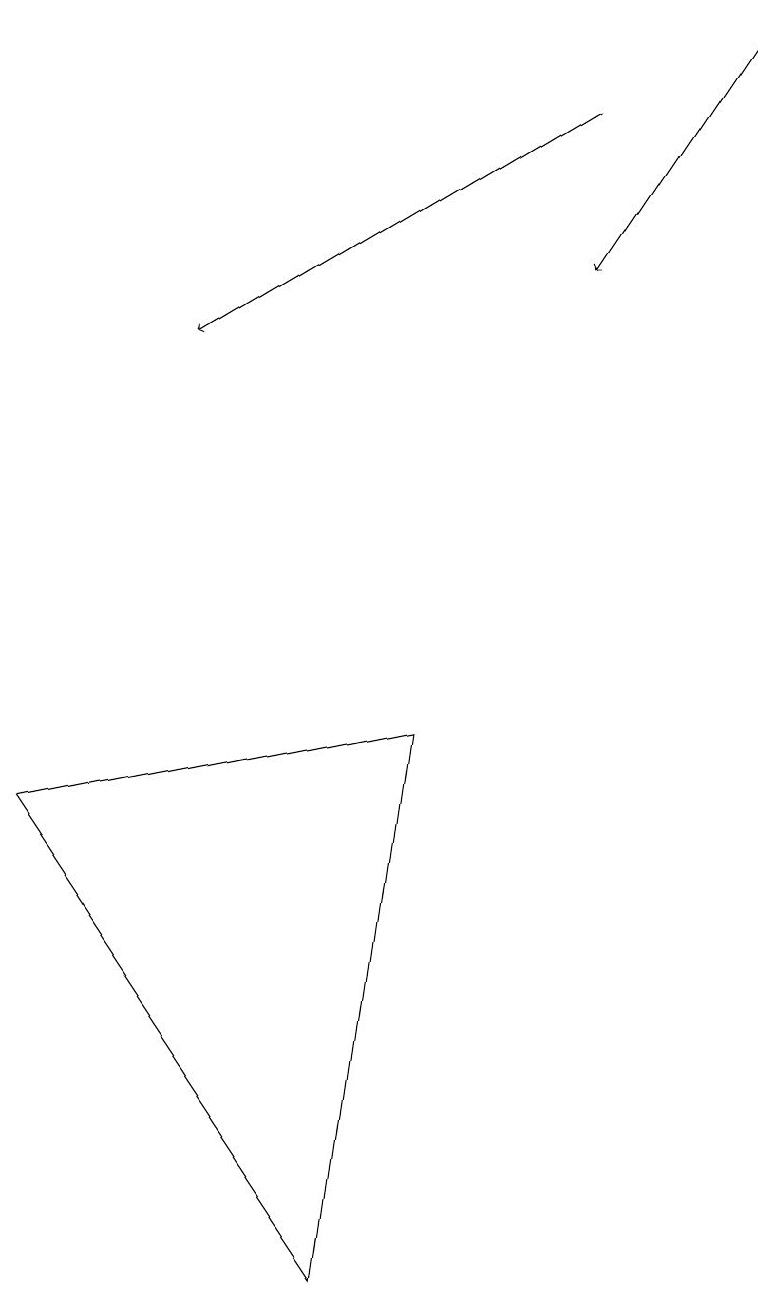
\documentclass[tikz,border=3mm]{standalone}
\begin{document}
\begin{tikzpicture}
\draw[->] (9,16) -- (7,13);
\draw (0,6) -- (5,7) -- (4,0) -- cycle;
\draw[->] (7,15) -- (2,12);
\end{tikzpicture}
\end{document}